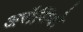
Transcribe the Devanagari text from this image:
अरौसियो